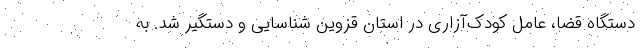
دستگاه قضا، عامل کودک‌آزاریِ در استان قزوین شناسایی و دستگیر شد. به